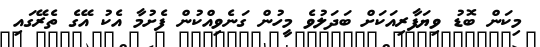
މިކަން ބޮޑު ވިޔަފާރިއަކަށް ބަދަލުވެ މީހުން ގަނެވިއްކުން ފެށުމާ އެކު އޭގެ ތެރޭގައި